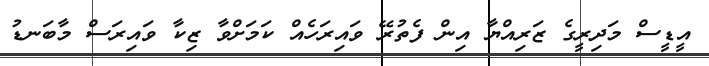
އީޑީސް މަދިރީގެ ޒަރިއްޔާ އިން ފެތުރޭ ވައިރަހެއް ކަމަށްވާ ޒިކާ ވައިރަސް މާބަނޑު